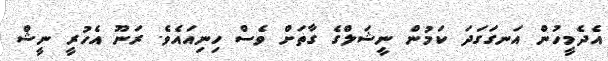
އެދެމީހުން އަނގަގަދަ ކަމުން ނީޝަލްގެ ގާތަށް ވެސް ހިނިއައެވެ. ރަނޫ އެހުރީ ނީޝް